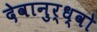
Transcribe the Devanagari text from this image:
देवानुर्ध्वो